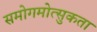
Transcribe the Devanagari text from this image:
समोगमोत्सुकता